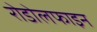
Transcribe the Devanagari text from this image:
रोडोलफाइन